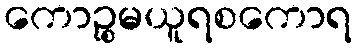
ကောဉ္စမယူရစကောရ